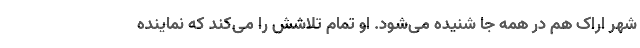
شهر اراک هم در همه جا شنیده می‌شود. او تمام تلاشش را می‌کند که نماینده